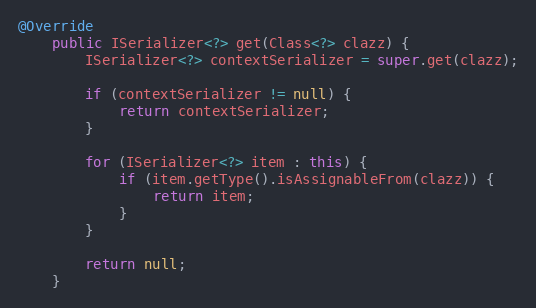
Language: Java
@Override
    public ISerializer<?> get(Class<?> clazz) {
        ISerializer<?> contextSerializer = super.get(clazz);

        if (contextSerializer != null) {
            return contextSerializer;
        }

        for (ISerializer<?> item : this) {
            if (item.getType().isAssignableFrom(clazz)) {
                return item;
            }
        }

        return null;
    }